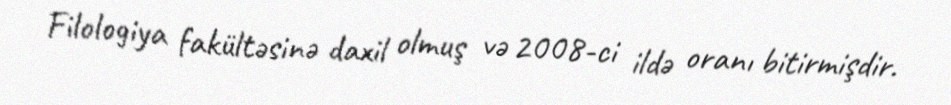
Filologiya fakültəsinə daxil olmuş və 2008-ci ildə oranı bitirmişdir.